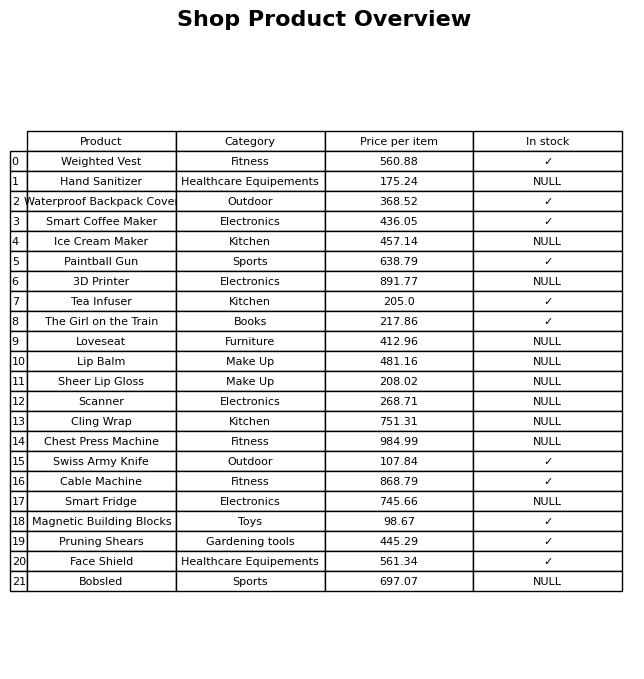
question: What is the price of the Tea Infuser?
answer: The price of Tea Infuser is 205.0.